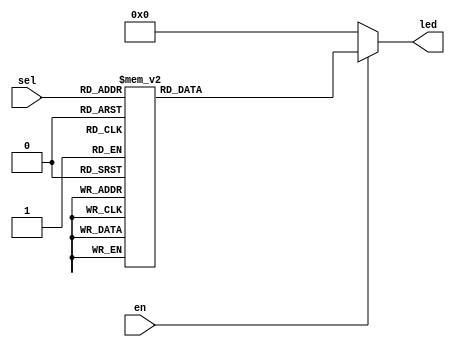
`timescale 1ns / 1ps
//////////////////////////////////////////////////////////////////////////////////
// Company: 
// Engineer: 
// 
// Design Name: 
// Module Name: decode38
// Project Name: 
// Target Devices: 
// Tool Versions: 
// Description: 
// 
// Dependencies: 
// 
// Revision:
// Revision 0.01 - File Created
// Additional Comments:
// 
//////////////////////////////////////////////////////////////////////////////////


module decode38 (
  output reg [7:0] led,
  input wire [2:0] sel,
  input wire en
);
  always @(*) begin
    if (en) begin
      case (sel)
        3'b000: led = 8'b00000001;
        3'b001: led = 8'b00000010;
        3'b010: led = 8'b00000100;
        3'b011: led = 8'b00001000;
        3'b100: led = 8'b00010000;
        3'b101: led = 8'b00100000;
        3'b110: led = 8'b01000000;
        3'b111: led = 8'b10000000;
        default: led = 8'b00000000;
      endcase
    end else begin
      led = 8'b00000000;
    end
  end
endmodule